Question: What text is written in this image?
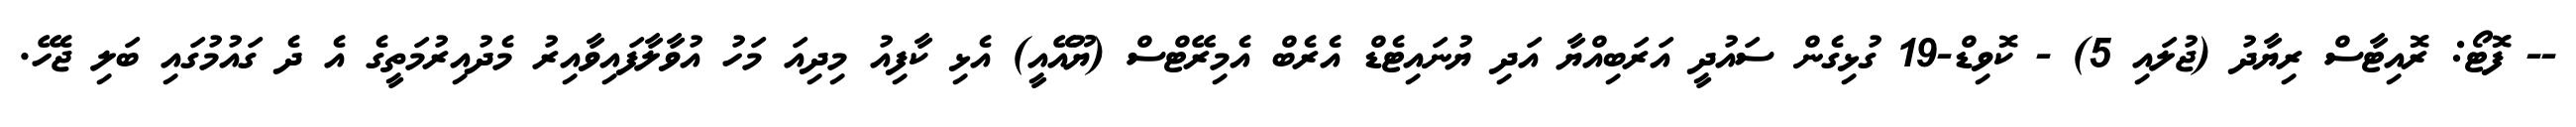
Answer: -- ފޮޓޯ: ރޮއިޓާސް ރިޔާދު (ޖުލައި 5) - ކޮވިޑް-19 ގުޅިގެން ސައުދީ އަރަބިއްޔާ އަދި ޔުނައިޓެޑް އެރެބް އެމިރޭޓްސް (ޔޫއޭއީ) އެޅި ކާފިއު މިދިއަ މަހު އުވާލާފައިވާއިރު މެދުއިރުމަތީގެ އެ ދެ ގައުމުގައި ބަލި ޖެހޭ.